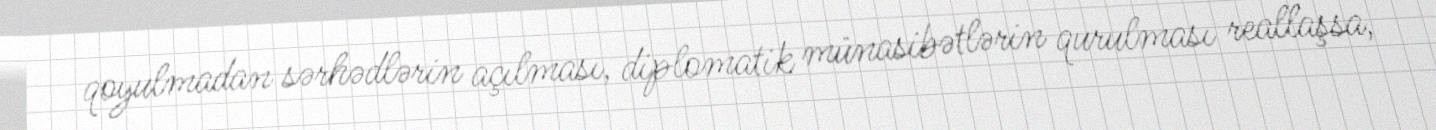
qoyulmadan sərhədlərin açılması, diplomatik münasibətlərin qurulması reallaşsa,